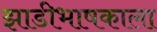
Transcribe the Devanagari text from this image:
झाडीभाषकाला